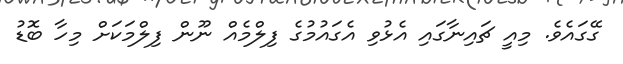
ގޭގައެވެ. މިއީ ޗައިނާގައި އެޅުވި އެގައުމުގެ ފިލްމެއް ނޫން ފިލްމަކަށް މިހާ ބޮޑު